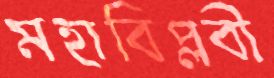
মহাবিপ্লবী